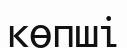
көпші